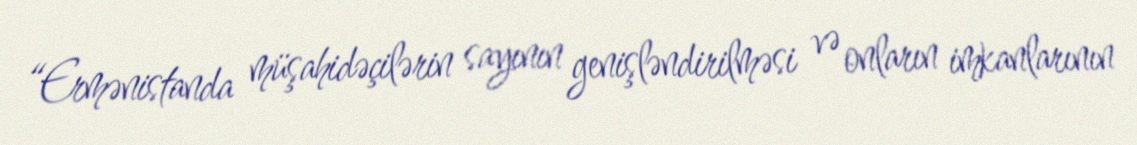
“Ermənistanda müşahidəçilərin sayının genişləndirilməsi və onların imkanlarının